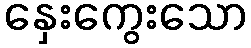
နှေးကွေးသော